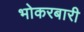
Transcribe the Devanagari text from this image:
भोकरबारी